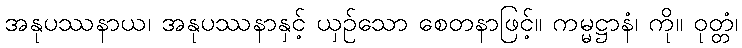
အနုပဿနာယ၊ အနုပဿနာနှင့် ယှဉ်သော စေတနာဖြင့်။ ကမ္မဋ္ဌာနံ၊ ကို။ ဝုတ္တံ၊